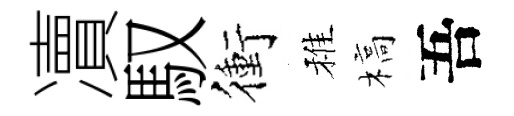
凟馭衝稚槁吾